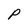
Character: P